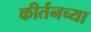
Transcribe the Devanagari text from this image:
कीर्तनच्या